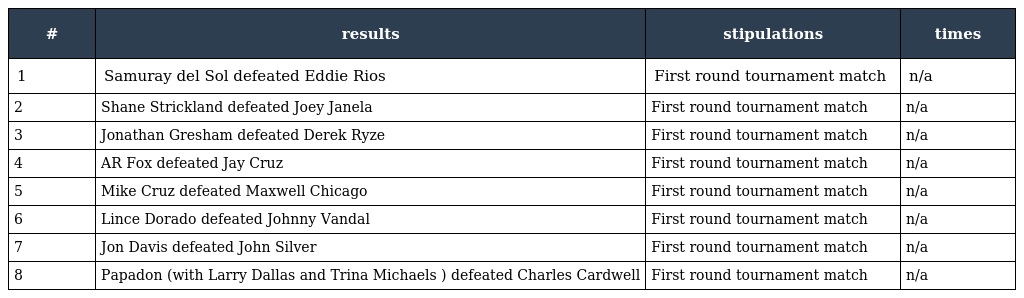
| # | results | stipulations | times |
 | --- | --- | --- | --- |
 | 1 | Samuray del Sol defeated Eddie Rios | First round tournament match | n/a |
 | 2 | Shane Strickland defeated Joey Janela | First round tournament match | n/a |
 | 3 | Jonathan Gresham defeated Derek Ryze | First round tournament match | n/a |
 | 4 | AR Fox defeated Jay Cruz | First round tournament match | n/a |
 | 5 | Mike Cruz defeated Maxwell Chicago | First round tournament match | n/a |
 | 6 | Lince Dorado defeated Johnny Vandal | First round tournament match | n/a |
 | 7 | Jon Davis defeated John Silver | First round tournament match | n/a |
 | 8 | Papadon (with Larry Dallas and Trina Michaels ) defeated Charles Cardwell | First round tournament match | n/a |